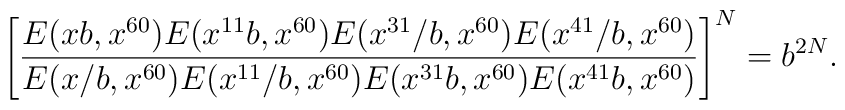
\left[\frac{E(xb,x^{60})E(x^{11}b,x^{60})E(x^{31}/b,x^{60})E(x^{41}/b,x^{60})}{E(x/b,x^{60})E(x^{11}/b,x^{60})E(x^{31}b,x^{60})E(x^{41}b,x^{60})}\right]^N=b^{2N}.